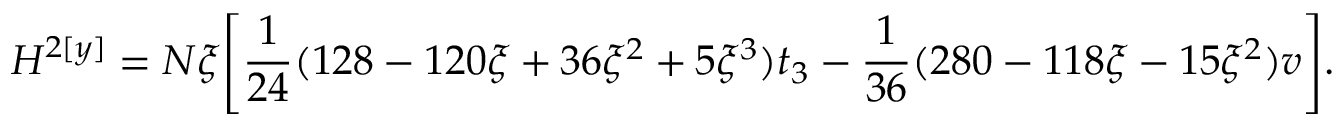
H ^ { 2 [ y ] } = N \xi \Bigg [ \frac 1 { 2 4 } ( 1 2 8 - 1 2 0 \xi + 3 6 \xi ^ { 2 } + 5 \xi ^ { 3 } ) t _ { 3 } - \frac 1 { 3 6 } ( 2 8 0 - 1 1 8 \xi - 1 5 \xi ^ { 2 } ) v \Bigg ] .